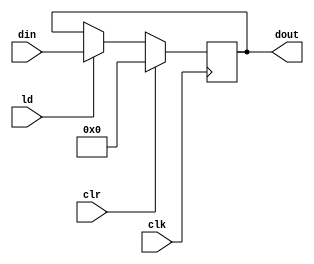
`timescale 1ns / 1ps
module PIPO2 (dout, din, ld, clr, clk);
input [15:0] din;
input ld, clr, clk;
output reg [15:0] dout;
always @(posedge clk)
if (clr) dout <= 16'b0;
else if (ld) dout <= din;
endmodule